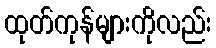
ထုတ်ကုန်များကိုလည်း